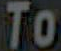
To